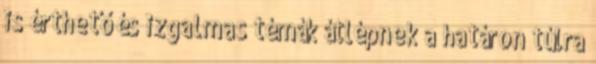
is érthető és izgalmas témák átlépnek a határon túlra